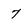
Character: 7